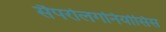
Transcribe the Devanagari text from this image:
सैपरोलगनियोसिस